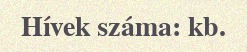
Hívek száma: kb.